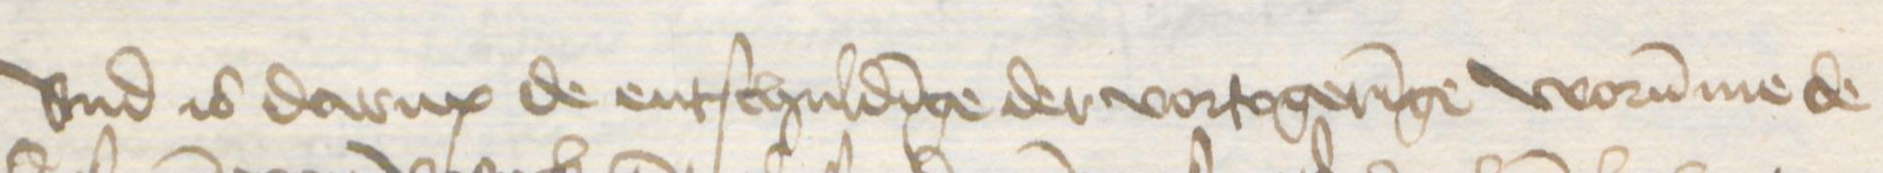
Transcription: vnd is darup de entschuldinge der vortogeringe worumme de